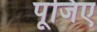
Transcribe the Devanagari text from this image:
पूजिए